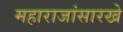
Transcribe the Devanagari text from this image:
महाराजांसारखे